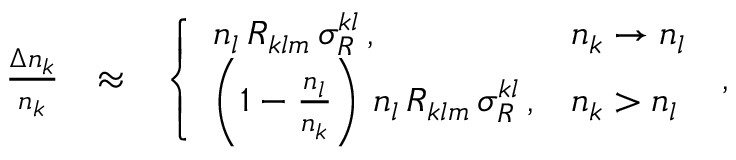
\begin{array} { r l r } { \frac { \Delta n _ { k } } { n _ { k } } } & { \approx } & { \left\{ \begin{array} { l l } { n _ { l } \, { \cal R } _ { k l m } \, \sigma _ { R } ^ { k l } \, , } & { n _ { k } \rightarrow n _ { l } } \\ { \left( 1 - \frac { n _ { l } } { n _ { k } } \right) \, n _ { l } \, { \cal R } _ { k l m } \, \sigma _ { R } ^ { k l } \, , } & { n _ { k } > n _ { l } } \end{array} \right. \, , } \end{array}